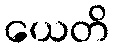
ယေတိ